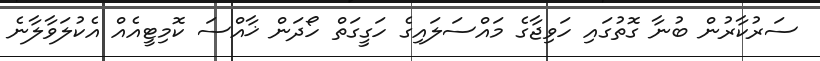
ސަރުކާރުން ބުނާ ގޮތުގައި ހަވިޖާގެ މައްސަލައިގެ ހަގީގަތް ހޯދަން ޚާއްސަ ކޮމިޓީއެއް އެކުލަވާލާނެ